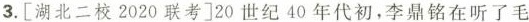
3. [湖北二校2020联考]20世纪40年代初，李鼎铭在听了毛